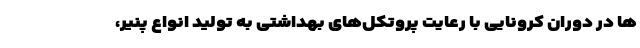
ها در دوران کرونایی با رعایت پروتکل‌های بهداشتی به تولید انواع پنیر،